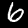
Digit: 6